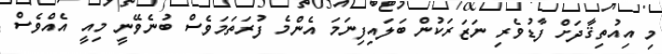
މި އިއުތިޤާދަށް ފާޑުވެރި ނަޒަރަކުން ބަލައިފިނަމަ އެންމެ ފުރަތަމަވެސް ބުނެވޭނީ މިއީ އެއްވެސް